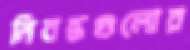
নিবন্ধগুলোর